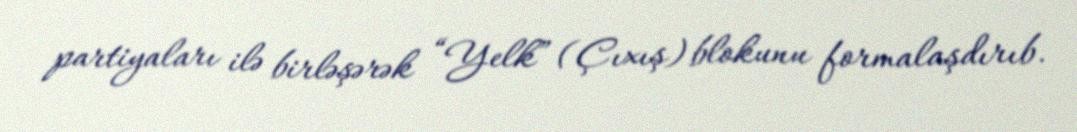
partiyaları ilə birləşərək “Yelk” (Çıxış) blokunu formalaşdırıb.